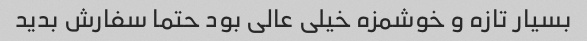
بسیار تازه و خوشمزه خیلی عالی بود حتما سفارش بدید